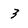
Character: 3